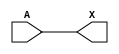
module sky130_fd_sc_hd__lpflow_lsbuf_lh_isowell (
    X,
    A
);

    // Module ports
    output X;
    input  A;

    // Module supplies
    supply1 VPWR;
    supply0 VGND;
    supply1 VPB ;
    supply0 VNB ;

    //  Name  Output  Other arguments
    buf buf0 (X     , A              );

endmodule